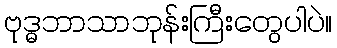
ဗုဒ္ဓဘာသာဘုန်းကြီးတွေပါပဲ။